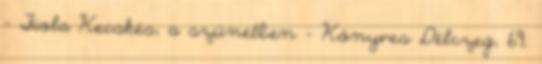
– Fiola Kecskés, a szünetben – Könyves Délczeg, 69.